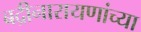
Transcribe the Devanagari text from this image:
बद्रीनारायणांच्या